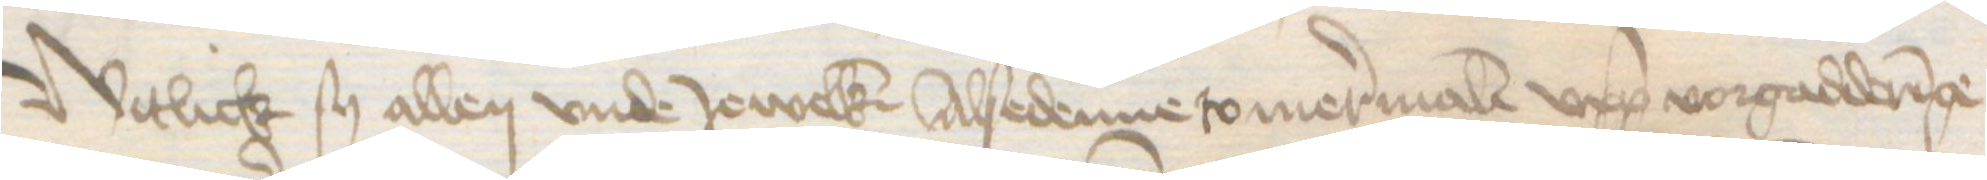
Witlich sy allen vnde Jewelken Alsedenne so mermalen upp vorgadderinge